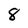
Character: 8